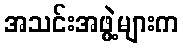
အသင်းအဖွဲ့များက